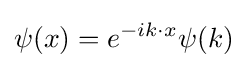
\psi (x)=e^{-ik\cdot x}\psi (k)